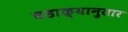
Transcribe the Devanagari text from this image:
घडाळ्यानुसार